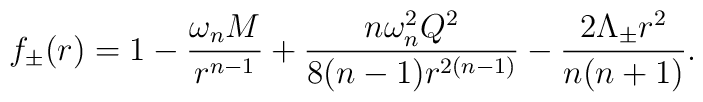
f_{\pm}(r) = 1 -\frac{\omega_n M}{r^{n-1}} +\frac{n \omega^2_n Q^2}{8(n-1)   r^{2(n-1)}} -\frac{2\Lambda_{\pm}r^2}{n(n+1)}.